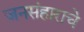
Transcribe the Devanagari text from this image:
जनसंहाराचे